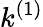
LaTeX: k^{(1)}